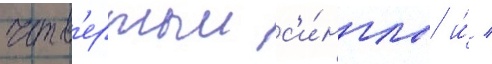
четв'ертыи с'и́нглы и́ /